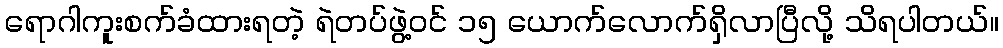
ရောဂါကူးစက်ခံထားရတဲ့ ရဲတပ်ဖွဲ့ဝင် ၁၅ ယောက်လောက်ရှိလာပြီလို့ သိရပါတယ်။